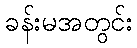
ခန်းမအတွင်း